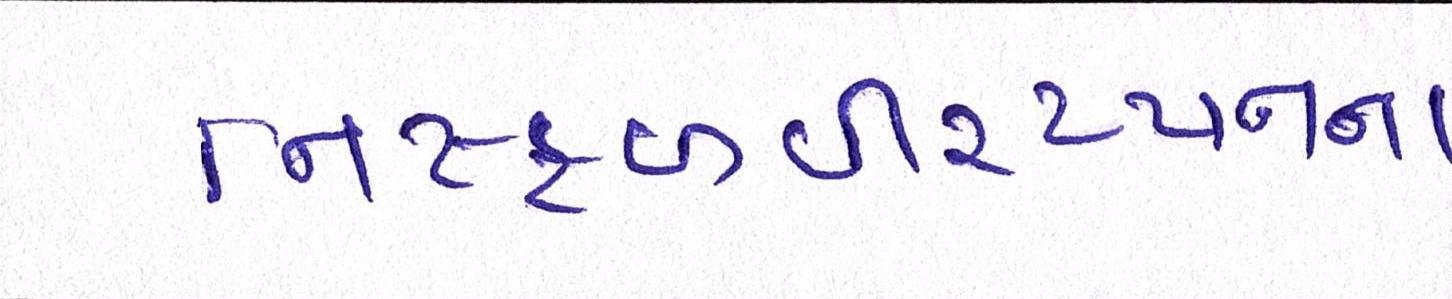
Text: નિષ્ફળવીરપ્પનના